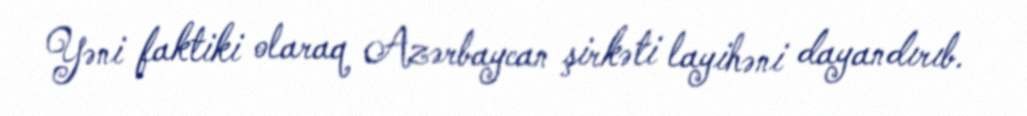
Yəni faktiki olaraq Azərbaycan şirkəti layihəni dayandırıb.